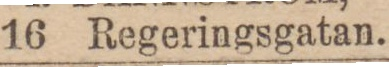
16 Regeringsgatan.